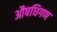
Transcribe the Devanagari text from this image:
औषधिगण